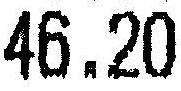
46.20